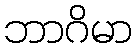
ဘာဂိမာ